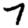
Digit: 7